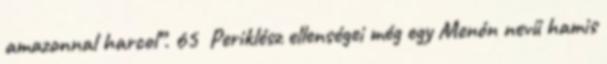
amazonnal harcol”. 65 Periklész ellenségei még egy Menón nevű hamis